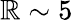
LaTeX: \mathbb{R}\sim5